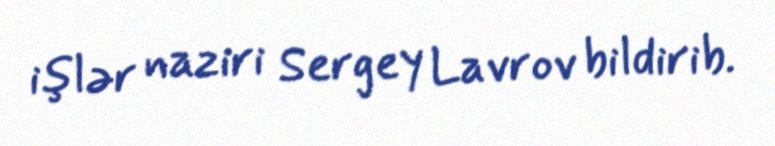
işlər naziri Sergey Lavrov bildirib.